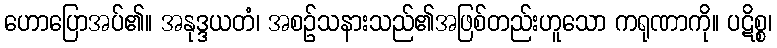
ဟောပြောအပ်၏။ အနုဒ္ဒယတံ၊ အစဉ်သနားသည်၏အဖြစ်တည်းဟူသော ကရုဏာကို။ ပဋိစ္စ၊